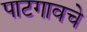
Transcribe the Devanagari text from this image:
पाटगावचे